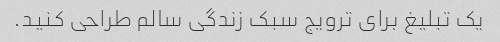
یک تبلیغ برای ترویج سبک زندگی سالم طراحی کنید.